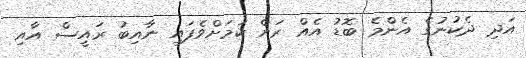
އަދި ދެކުނުގެ އެންމެ ބޮޑު އެއް ރަށް ކަމަށްވެފައި ނާއިބު ރައީސް އާއި